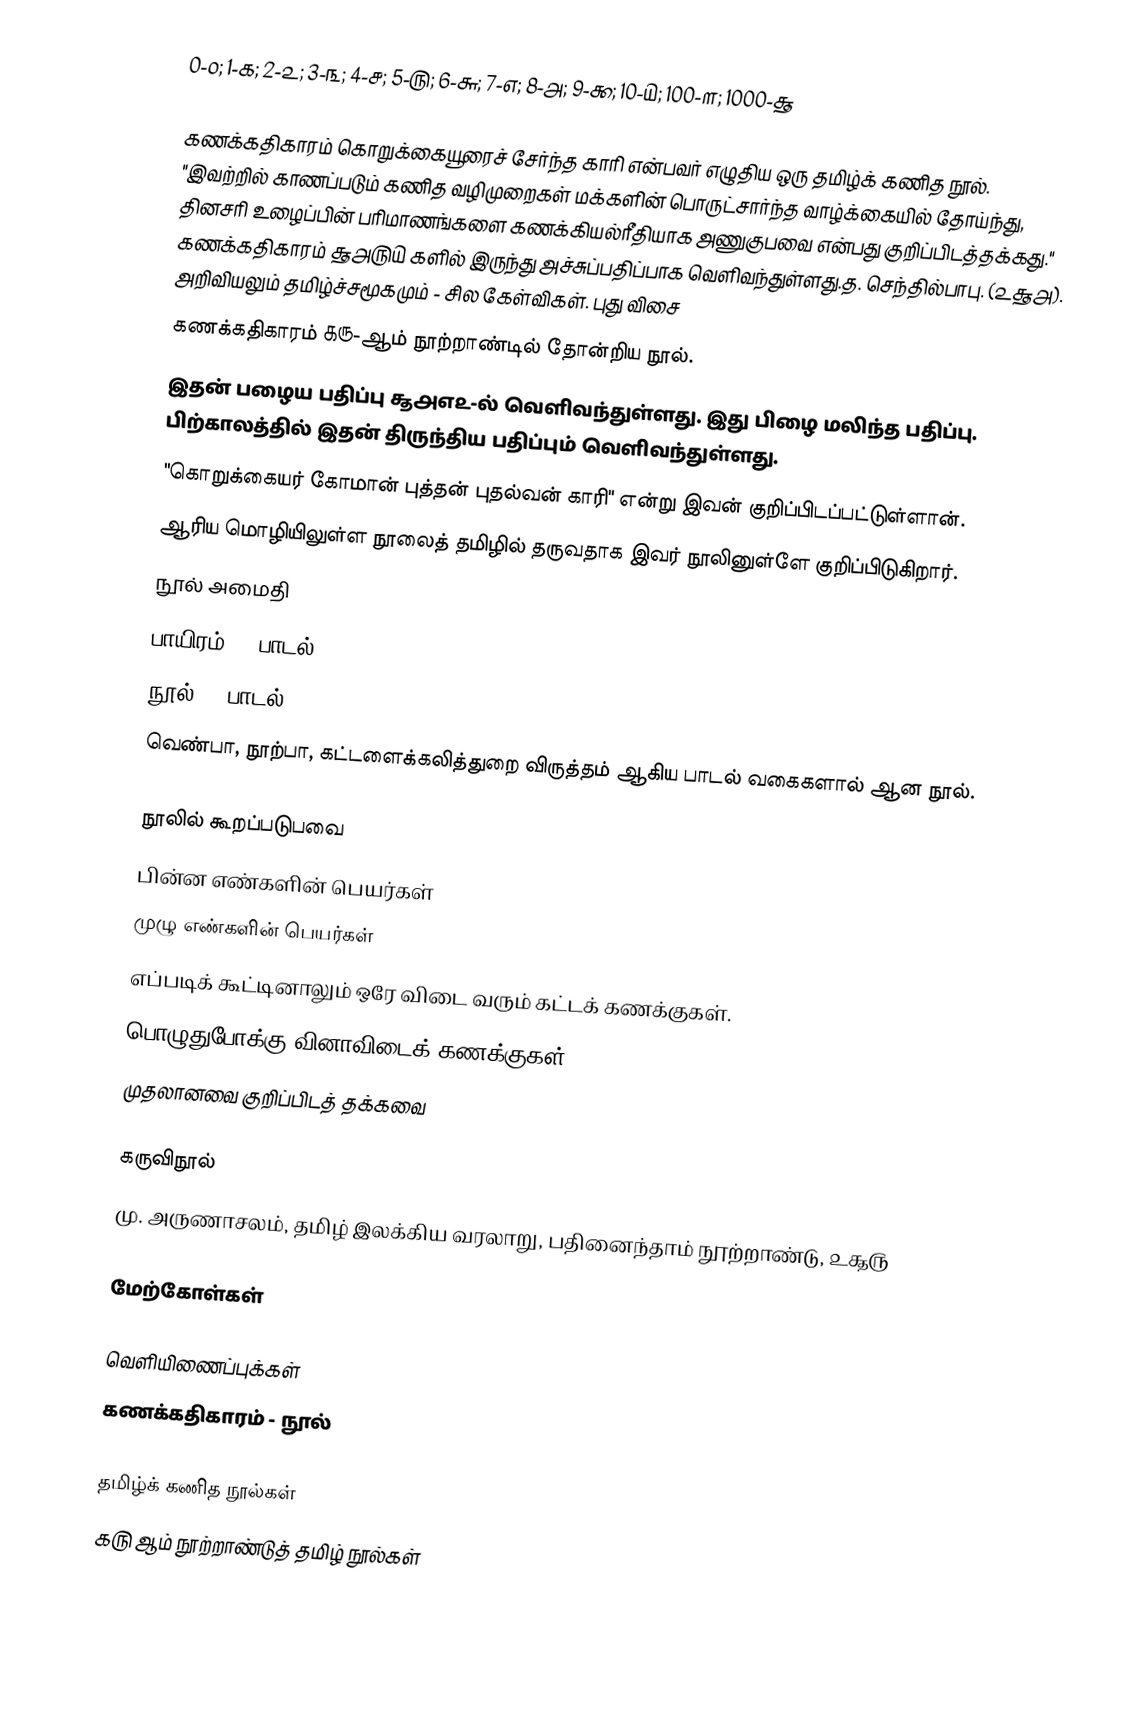
0-௦; 1-௧; 2-௨; 3-௩; 4-௪; 5-௫; 6-௬; 7-௭; 8-௮; 9-௯; 10-௰; 100-௱; 1000-௲

கணக்கதிகாரம் கொறுக்கையூரைச் சேர்ந்த காரி என்பவர் எழுதிய ஒரு தமிழ்க் கணித நூல். "இவற்றில் காணப்படும் கணித வழிமுறைகள் மக்களின் பொருட்சார்ந்த வாழ்க்கையில் தோய்ந்து, தினசரி உழைப்பின் பரிமாணங்களை கணக்கியல்ரீதியாக அணுகுபவை என்பது குறிப்பிடத்தக்கது."  கணக்கதிகாரம் ௲௮௫௰ களில் இருந்து அச்சுப்பதிப்பாக வெளிவந்துள்ளது.த. செந்தில்பாபு. (௨௲௮). அறிவியலும் தமிழ்ச்சமூகமும் - சில கேள்விகள். புது விசை
கணக்கதிகாரம் ௧௫-ஆம் நூற்றாண்டில் தோன்றிய நூல்.
இதன் பழைய பதிப்பு ௲௮௭௨-ல் வெளிவந்துள்ளது. இது பிழை மலிந்த பதிப்பு. பிற்காலத்தில் இதன் திருந்திய பதிப்பும் வெளிவந்துள்ளது.
"கொறுக்கையர் கோமான் புத்தன் புதல்வன் காரி" என்று இவன் குறிப்பிடப்பட்டுள்ளான்.
ஆரிய மொழியிலுள்ள நூலைத் தமிழில் தருவதாக இவர் நூலினுள்ளே குறிப்பிடுகிறார்.
நூல் அமைதி
பாயிரம் ௧௭ பாடல்
நூல் ௱௰ பாடல்
வெண்பா, நூற்பா, கட்டளைக்கலித்துறை விருத்தம் ஆகிய பாடல் வகைகளால் ஆன நூல்.

நூலில் கூறப்படுபவை
பின்ன எண்களின் பெயர்கள்
முழு எண்களின் பெயர்கள்
எப்படிக் கூட்டினாலும் ஒரே விடை வரும் கட்டக் கணக்குகள்.
பொழுதுபோக்கு வினாவிடைக் கணக்குகள்
முதலானவை குறிப்பிடத் தக்கவை

கருவிநூல்
மு. அருணாசலம், தமிழ் இலக்கிய வரலாறு, பதினைந்தாம் நூற்றாண்டு, ௨௲௫

மேற்கோள்கள்

வெளியிணைப்புக்கள்
 கணக்கதிகாரம் - நூல்

தமிழ்க் கணித நூல்கள்
௧௫ ஆம் நூற்றாண்டுத் தமிழ் நூல்கள்